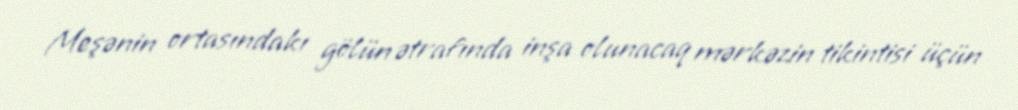
Meşənin ortasındakı gölün ətrafında inşa olunacaq mərkəzin tikintisi üçün